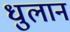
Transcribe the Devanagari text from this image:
धुलान